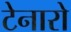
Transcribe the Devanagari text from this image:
टेनारो